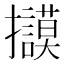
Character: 𢺀